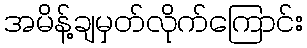
အမိန့်ချမှတ်လိုက်ကြောင်း